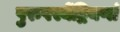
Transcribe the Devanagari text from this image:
पुरुषस्येंद्रियणां